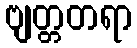
ဗျတ္တတရာ